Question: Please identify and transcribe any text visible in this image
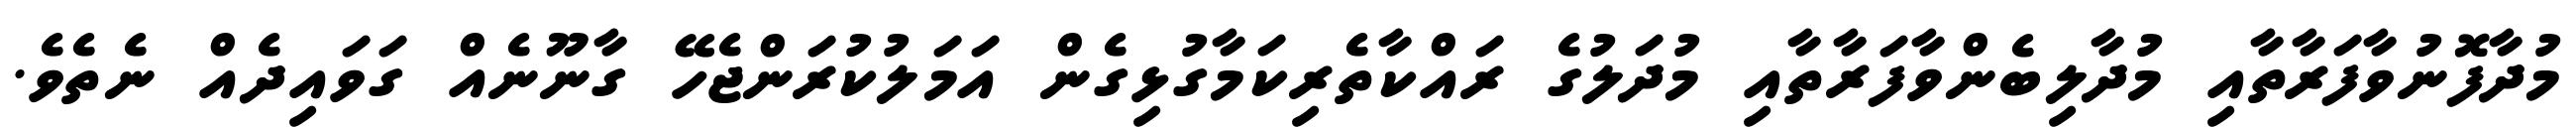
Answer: މުދާފޮނުވާފަރާތާއި މުދާލިބެންވާފަރާތާއި މުދަލުގެ ރައްކާތެރިކަމާގުޅިގެން އަމަލުކުރަންޖެހޭ ގާނޫނެއް ގަވައިދެއް ނެތެވެ.